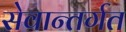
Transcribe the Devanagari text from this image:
सेवान्तर्गत